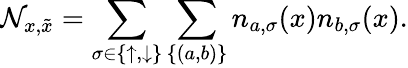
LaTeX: \mathcal{N}_{x,\tilde{x}}=\sum_{\sigma\in\{ \uparrow,\downarrow\} }\sum_{\{ (a,b)\} }n_{a,\sigma}(x)n_{b,\sigma}(x).